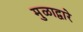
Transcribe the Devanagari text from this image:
मुळाद्वारे